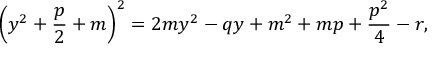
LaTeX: \left( y ^ { 2 } + { \frac { p } { 2 } } + m \right) ^ { 2 } = 2 m y ^ { 2 } - q y + m ^ { 2 } + m p + { \frac { p ^ { 2 } } { 4 } } - r ,